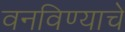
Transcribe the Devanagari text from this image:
वनविण्याचे